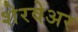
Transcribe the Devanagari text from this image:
शेरवेअर